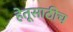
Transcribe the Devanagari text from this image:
हेतूसाठीच